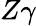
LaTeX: Z\gamma